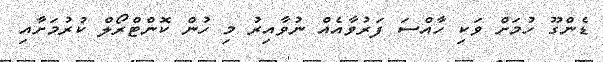
ޑެންގޫ ހުމަށް ވަކި ހާއްސަ ފަރުވާއެއް ނުވާއިރު މި ހުން ކޮންޓްރޯލް ކުރުމަށާއި